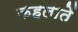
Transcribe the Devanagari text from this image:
कहलातें